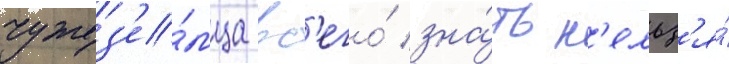
чужез'е́мца вс'его́ зна́ть н'ельз'я́